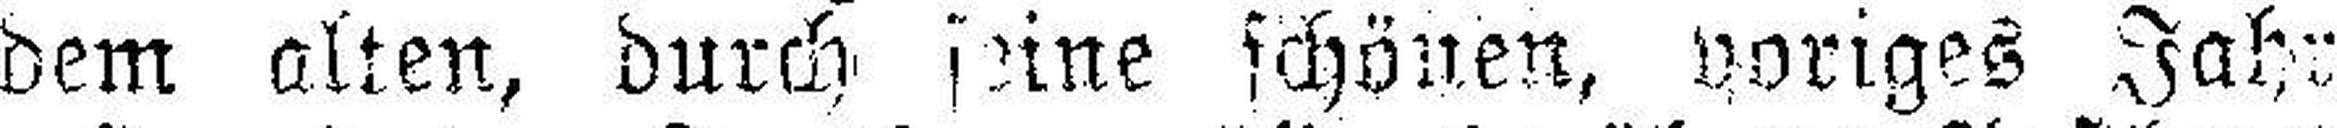
dem alten, durch seine schönen, voriges Jahr